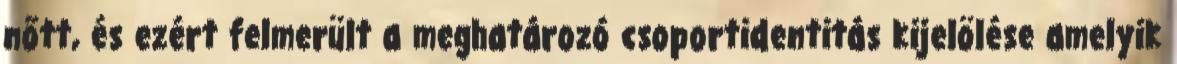
nőtt, és ezért felmerült a meghatározó csoportidentitás kijelölése amelyik